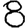
Digit: 8